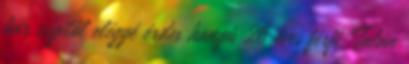
bár cigitől eléggé érdes hangú 26 éves férfi. Talán